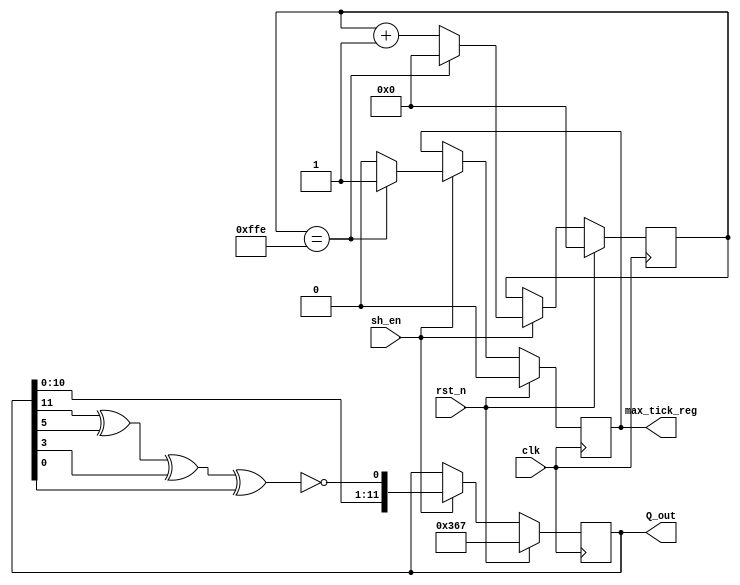
module lfsr
    #(parameter seed = 12'b001101100111) // seed of board number (91) xor with student digits (828)
    //#(parameter seed = 12'b111111111111) // "forbidden" seed value for LFSR using XNOR
    (
        input clk, sh_en, rst_n,
        output [11:0] Q_out,
        output reg max_tick_reg // pos for clock cycles multiples of 2^n-1
    );

    reg [11:0] Q_state;
    wire [11:0] Q_ns;
    reg [11:0] count; // Clock Cycle Counter

    always @ (posedge clk) begin
        if (rst_n) begin // When reset is high
            Q_state <= seed; // Reset seed to "seed"
            count <= 0; // Reset cycle counter
            max_tick_reg = 0; // OutPut Low
        end
        else if (sh_en) begin // Else when enable is high
            Q_state <= Q_ns; // Shift Q_state
            count <= count + 1; // Add 1 to count
            if (count == 4094) begin // If current clock cycle is 4094 (2^12-1)
                count <= 0; //reset counter
                max_tick_reg <= 1; // output high for one clock cycle
            end
            else 
                max_tick_reg <= 0; // output low for every other clock cycle
        end
            
    end

    // Using taps specified in data sheet for N=12, taps used: 12, 6, 4, 1
    assign Q_ns = {Q_state[10:0], ~(Q_state[11]^Q_state[5]^Q_state[3]^Q_state[0])};
    
    assign Q_out = Q_state; // Output Current state
    
endmodule